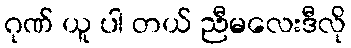
ဂုဏ် ယူ ပါ တယ် ညီမလေးဒီလို